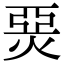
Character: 𤊗